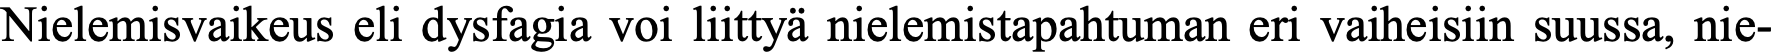
Nielemisvaikeus eli dysfagia voi liittyä nielemistapahtuman eri vaiheisiin suussa, nie-